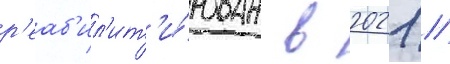
р'еаб'ил'ит'и́рован в 2021 //